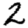
Digit: 2